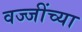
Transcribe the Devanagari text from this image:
वज्जींच्या